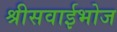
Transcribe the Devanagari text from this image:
श्रीसवाईभोज